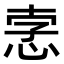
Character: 𢚦